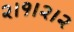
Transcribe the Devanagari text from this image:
२।१।२।२